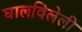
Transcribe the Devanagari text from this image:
घालविलेली